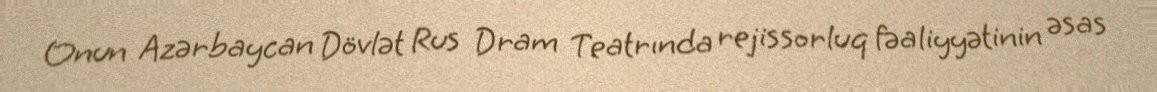
Onun Azərbaycan Dövlət Rus Dram Teatrında rejissorluq fəaliyyətinin əsas